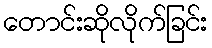
တောင်းဆိုလိုက်ခြင်း